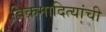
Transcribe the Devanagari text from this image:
विक्रमादित्यांची